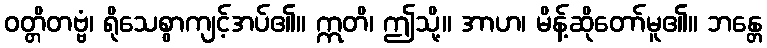
ဝတ္တိတဗ္ဗံ၊ ရိုသေစွာကျင့်အပ်၏။ ဣတိ၊ ဤသို့။ အာဟ၊ မိန့်ဆိုတော်မူ၏။ ဘန္တေ